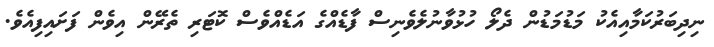
ނިދިބަރުކަމާއިއެކު މަޑުމަޑުން ދެލޯ ހުޅުވާނުލެވެނިސް ފާޑެއްގެ އަޑެއްވެސް ކޮޓަރި ތެރޭން އިވެން ފަށައިފިއެވެ.